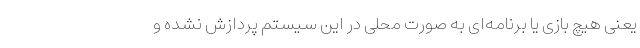
یعنی هیچ بازی یا برنامه‌ای به صورت محلی در این سیستم پردازش نشده و